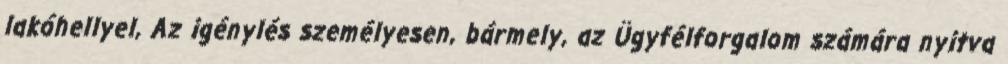
lakóhellyel, Az igénylés személyesen, bármely, az Ügyfélforgalom számára nyitva